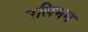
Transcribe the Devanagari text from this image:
एलिमन